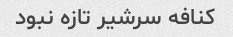
کنافه سرشیر تازه نبود